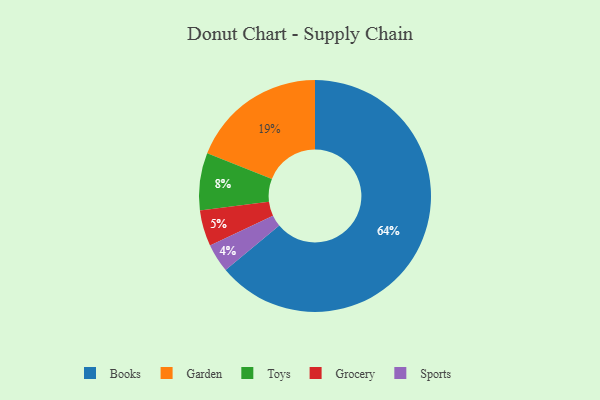
{"axis": {"x": "Category", "y": "Percentage"}, "legend": ["Books", "Garden", "Grocery", "Sports", "Toys"], "data": [{"x": "Garden", "y": 19, "type": "Garden"}, {"x": "Toys", "y": 8, "type": "Toys"}, {"x": "Books", "y": 64, "type": "Books"}, {"x": "Grocery", "y": 5, "type": "Grocery"}, {"x": "Sports", "y": 4, "type": "Sports"}]}